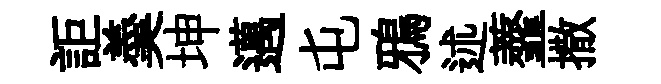
詎羮坤邁屯鴉述虀撒